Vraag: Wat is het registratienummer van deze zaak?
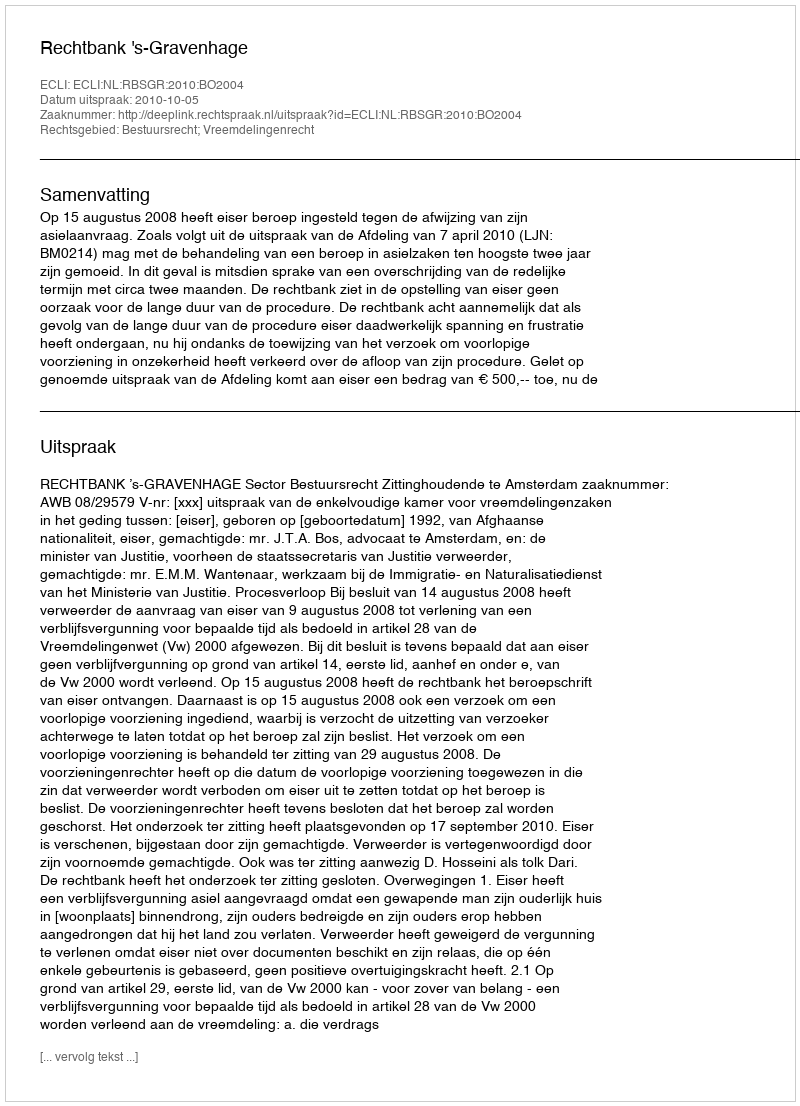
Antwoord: http://deeplink.rechtspraak.nl/uitspraak?id=ECLI:NL:RBSGR:2010:BO2004